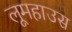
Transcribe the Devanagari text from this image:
लूमहाउस